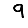
Digit: 9